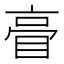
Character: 𥆕